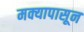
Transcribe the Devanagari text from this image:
मक्यापासून